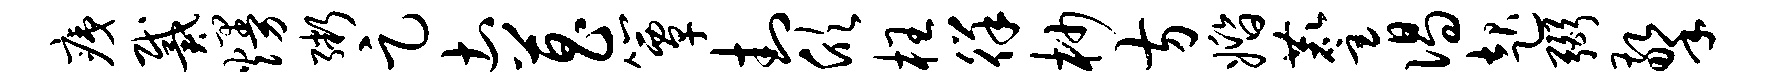
痍戴熳粥足土菖簟封欣枉徉杪方婚麈偈起弼擎